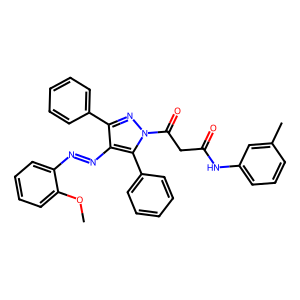
SMILES: COc1ccccc1N=Nc1c(-c2ccccc2)nn(C(=O)CC(=O)Nc2cccc(C)c2)c1-c1ccccc1
Inhibits HIV replication: No